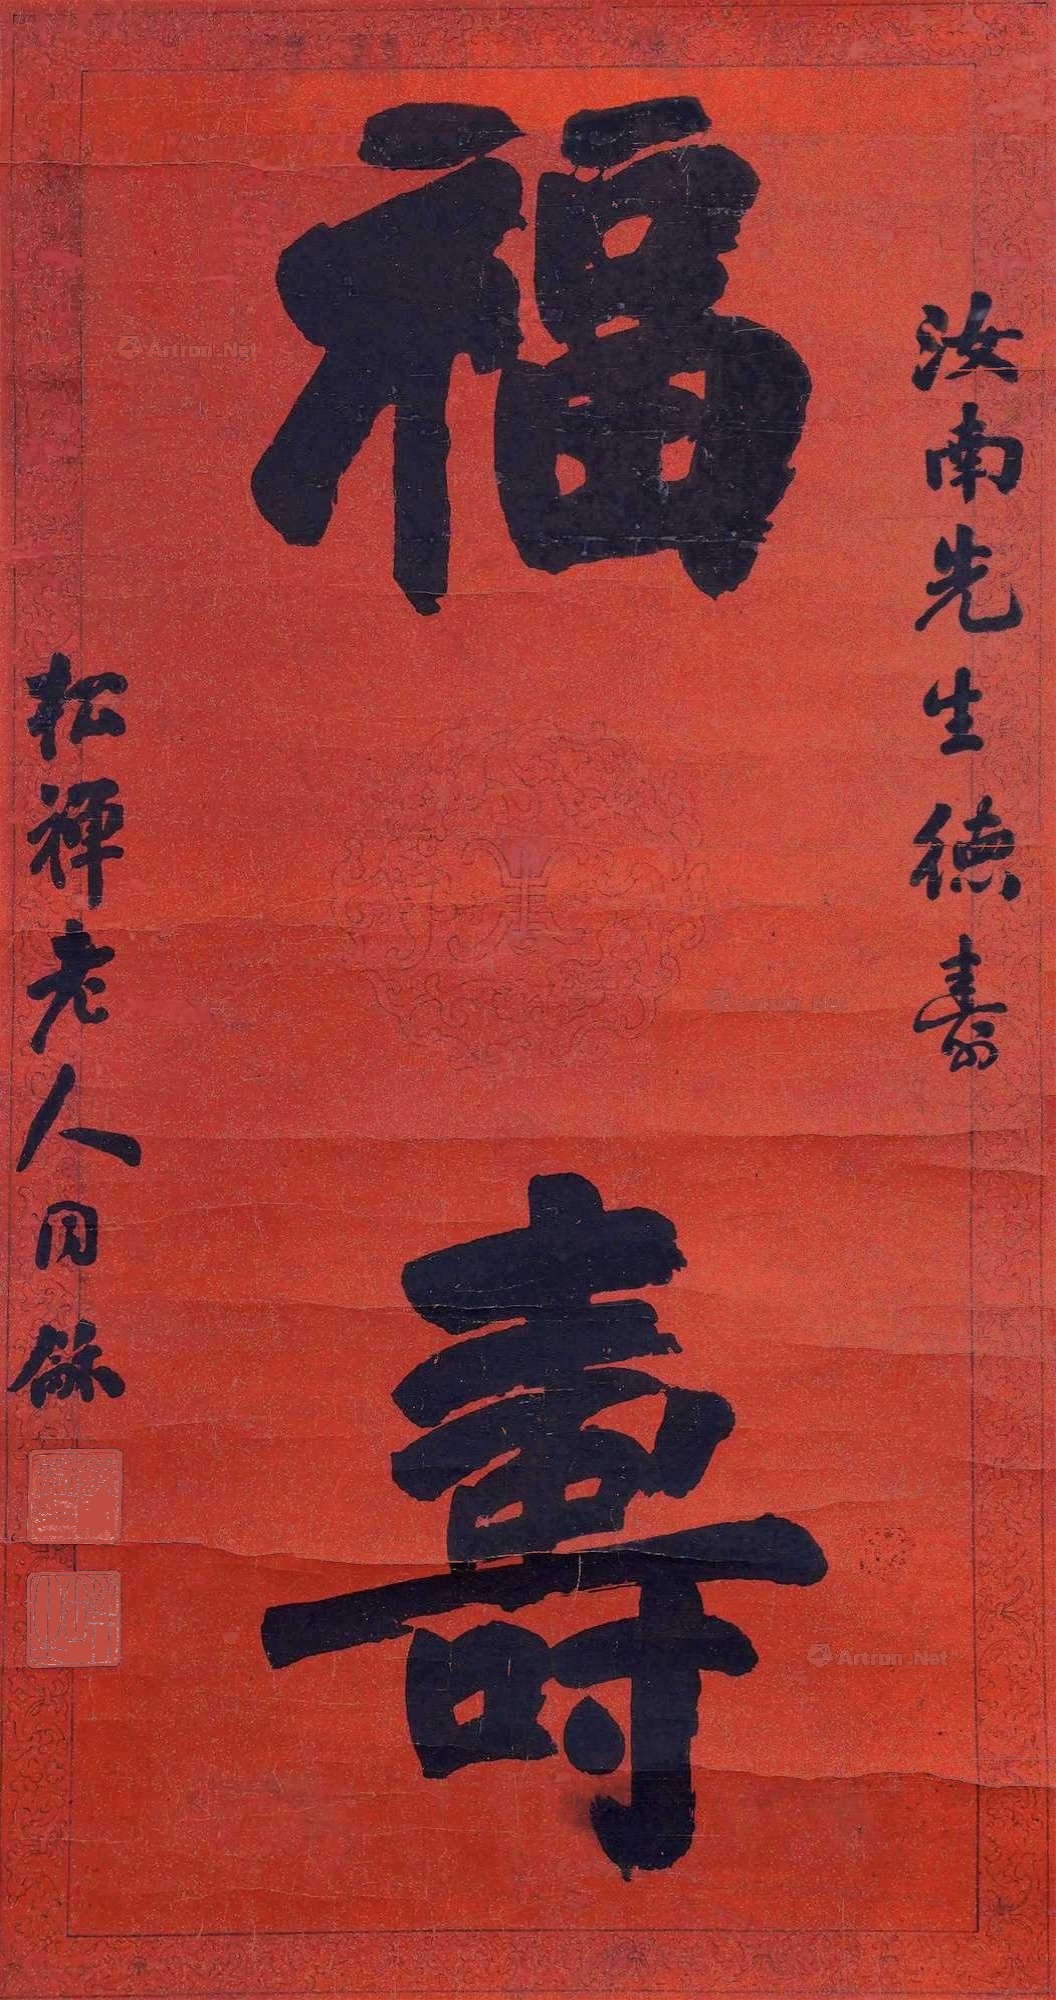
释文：福寿汝南先生德寿，松禅老人同龢。